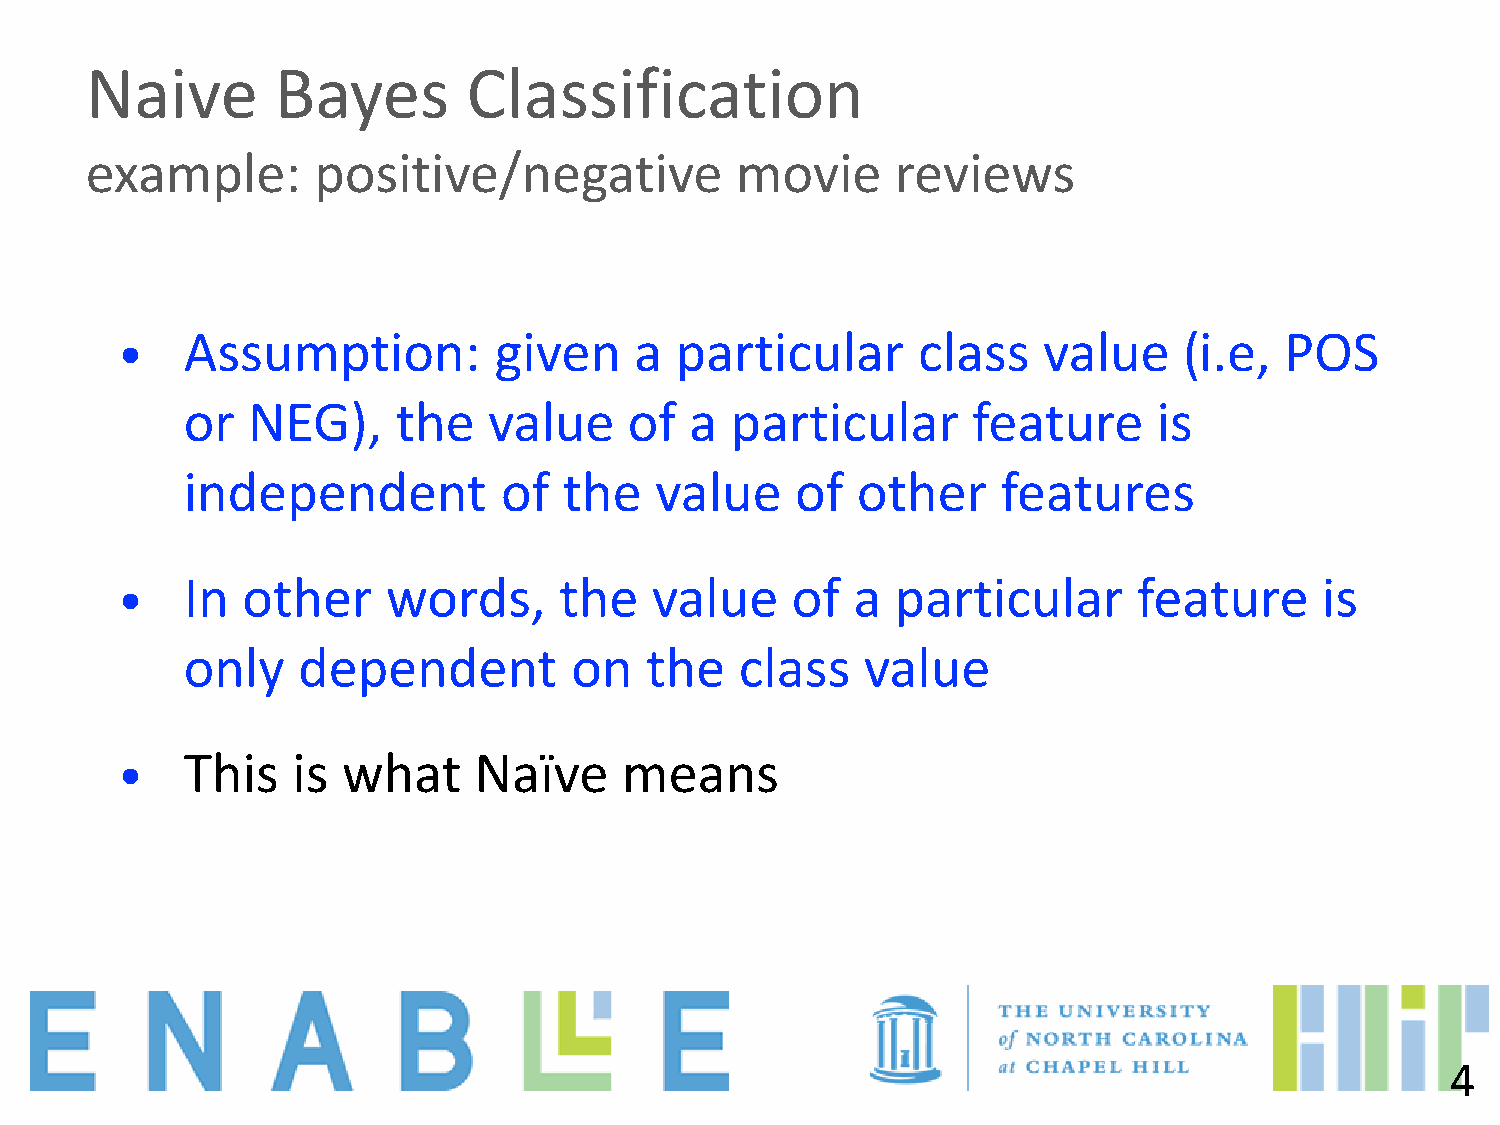
Naive       Bayes        Classification
 example:       positive/negative           movie     reviews
 •   Assumption:          given    a  particular      class   value    (i.e,  POS
 or  NEG),     the   value     of  a particular      feature      is
 independent          of  the   value     of  other    features
 •   In  other     words,     the   value    of   a particular      feature      is
 only    dependent         on   the   class   value
 •   This   is  what    Naïve     means
 4
 1